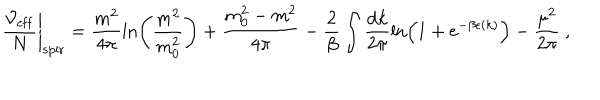
LaTeX: \left. \frac { { \cal V } _ { \mathrm { e f f } } } { N } \right| _ { \mathrm { s p i r } } = \frac { m ^ { 2 } } { 4 \pi } \ln \left( \frac { m ^ { 2 } } { m _ { 0 } ^ { 2 } } \right) + \frac { m _ { 0 } ^ { 2 } - m ^ { 2 } } { 4 \pi } - \frac { 2 } { \beta } \int \frac { \mathrm { d } k } { 2 \pi } \ln \left( 1 + \mathrm { e } ^ { - \beta \epsilon ( k ) } \right) - \frac { \mu ^ { 2 } } { 2 \pi } \ ,